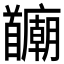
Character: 𫗻